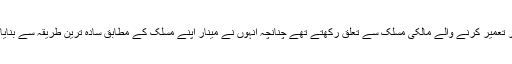
مینار تعمیر کرنے والے مالکی مسلک سے تعلق رکھتے تھے چنانچہ انہوں نے مینار اپنے مسلک کے مطابق سادہ ترین طریقہ سے بنایا تھا۔